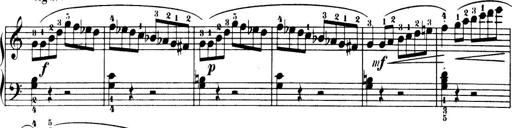
Title: 32 Sonatinas and Rondos for the Piano
Composer: Richard Kleinmichel